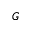
G